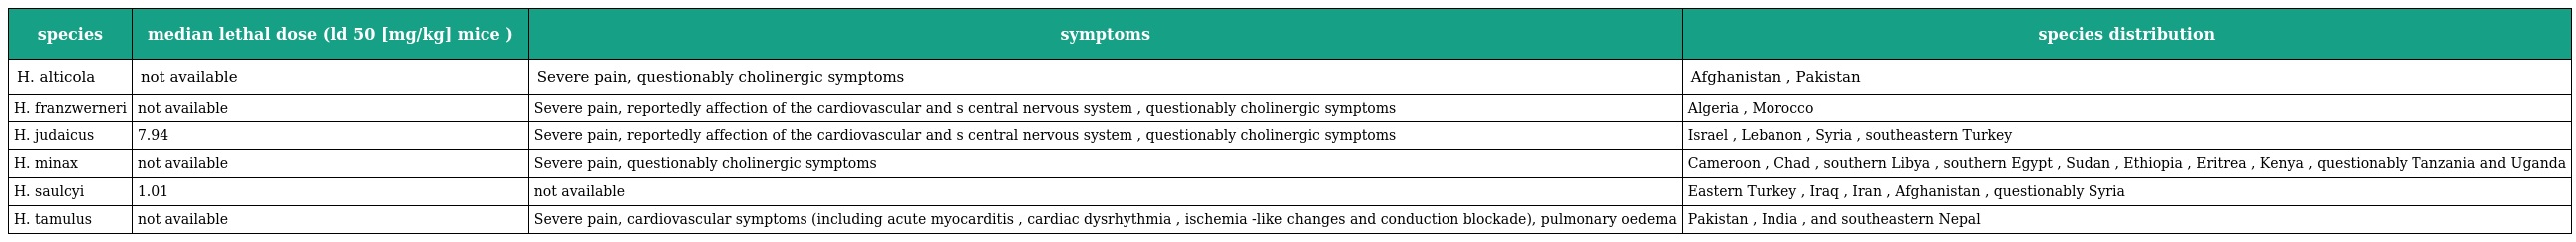
| species | median lethal dose (ld 50 [mg/kg] mice ) | symptoms | species distribution |
 | --- | --- | --- | --- |
 | H. alticola | not available | Severe pain, questionably cholinergic symptoms | Afghanistan , Pakistan |
 | H. franzwerneri | not available | Severe pain, reportedly affection of the cardiovascular and s central nervous system , questionably cholinergic symptoms | Algeria , Morocco |
 | H. judaicus | 7.94 | Severe pain, reportedly affection of the cardiovascular and s central nervous system , questionably cholinergic symptoms | Israel , Lebanon , Syria , southeastern Turkey |
 | H. minax | not available | Severe pain, questionably cholinergic symptoms | Cameroon , Chad , southern Libya , southern Egypt , Sudan , Ethiopia , Eritrea , Kenya , questionably Tanzania and Uganda |
 | H. saulcyi | 1.01 | not available | Eastern Turkey , Iraq , Iran , Afghanistan , questionably Syria |
 | H. tamulus | not available | Severe pain, cardiovascular symptoms (including acute myocarditis , cardiac dysrhythmia , ischemia -like changes and conduction blockade), pulmonary oedema | Pakistan , India , and southeastern Nepal |